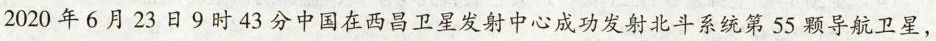
2020年6月23日9时3分中国在西昌卫星发射中心成功发射北斗系统第55颗导航卫星，